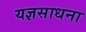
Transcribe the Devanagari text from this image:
यज्ञसाधना